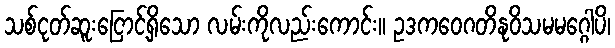
သစ်ငုတ်ဆူးငြောင့်ရှိသော လမ်းကိုလည်းကောင်း။ ဥဒကဝေဂတိနုဝိသမမဂ္ဂေါပိ၊